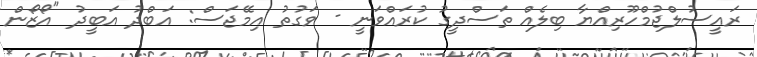
ރައީސުލްޖުމްހޫރިއްޔާ ބިލެއް ތަސްދީގު ކުރައްވަނީ - ވަގުތު އިމޭޖަސް: އަބްދު އަބީދު "އޯޒޯން